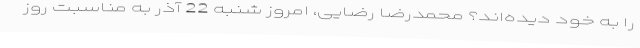
را به خود دیده‌اند؟ محمدرضا رضایی، امروز شنبه 22 آذر به مناسبت روز